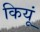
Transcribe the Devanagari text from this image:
कियूं